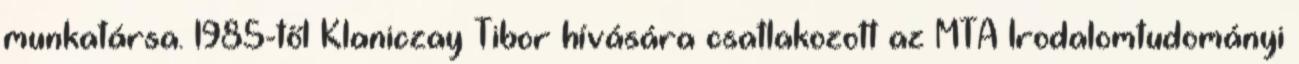
munkatársa. 1985-től Klaniczay Tibor hívására csatlakozott az MTA Irodalomtudományi